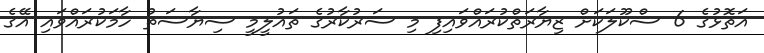
އަތޮޅުގެ 6 ސްކޫލަކަށް ޒިޔާރަތްކުރައްވައިފި މި ސަރުކާރުގެ ތައުލީމީ ސިޔާސަތު ހާމަކުރައްވައި އޭގެ